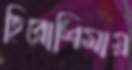
হিরোশিমায়